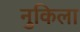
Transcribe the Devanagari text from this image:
नुकिला